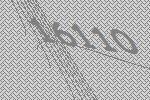
16110